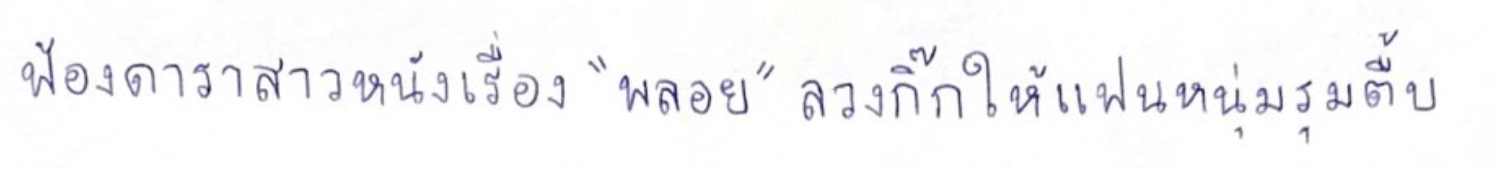
ฟ้องดาราสาวหนังเรื่อง"พลอย"ลวงกิ๊กให้แฟนหนุ่มรุมตื้บ